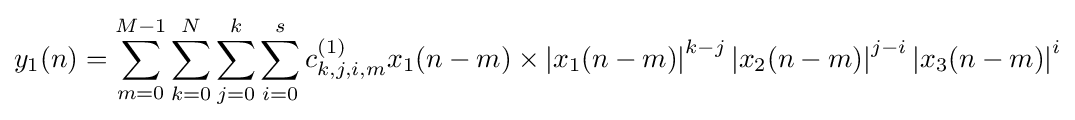
y_{1}(n)=\sum _{m=0}^{M-1}\sum _{k=0}^{N}\sum _{j=0}^{k}\sum _{i=0}^{s}c_{k,j,i,m}^{(1)}x_{1}(n-m)\times \left\vert {x_{1}(n-m)}\right\vert ^{k-j}\left\vert {x_{2}(n-m)}\right\vert ^{j-i}\left\vert {x_{3}(n-m)}\right\vert ^{i}